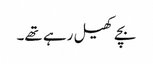
بچے کھیل رہے تھے۔